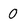
Character: 0